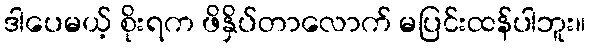
ဒါပေမယ့် စိုးရက ဖိနှိပ်တာလောက် မပြင်းထန်ပါဘူး။